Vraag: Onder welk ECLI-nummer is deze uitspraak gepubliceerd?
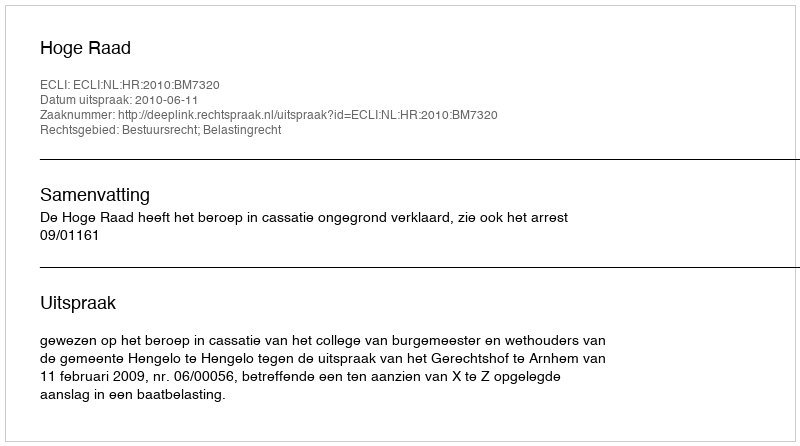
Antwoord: ECLI:NL:HR:2010:BM7320